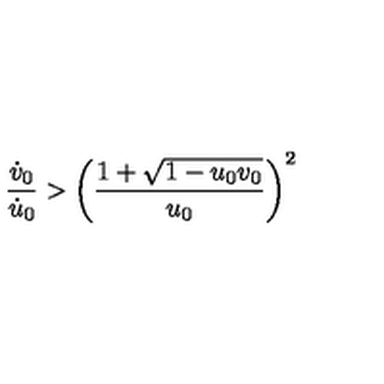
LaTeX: \frac { \dot { v } _ { 0 } } { \dot { u } _ { 0 } } > \left( \frac { 1 + \sqrt { 1 - u _ { 0 } v _ { 0 } } } { u _ { 0 } } \right) ^ { 2 }